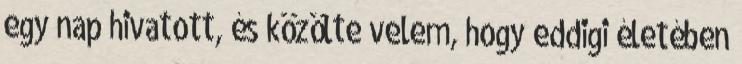
egy nap hivatott, és közölte velem, hogy eddigi életé­ben